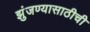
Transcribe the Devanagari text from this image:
झुंजण्यासाठीची